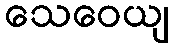
သေဝေယျ